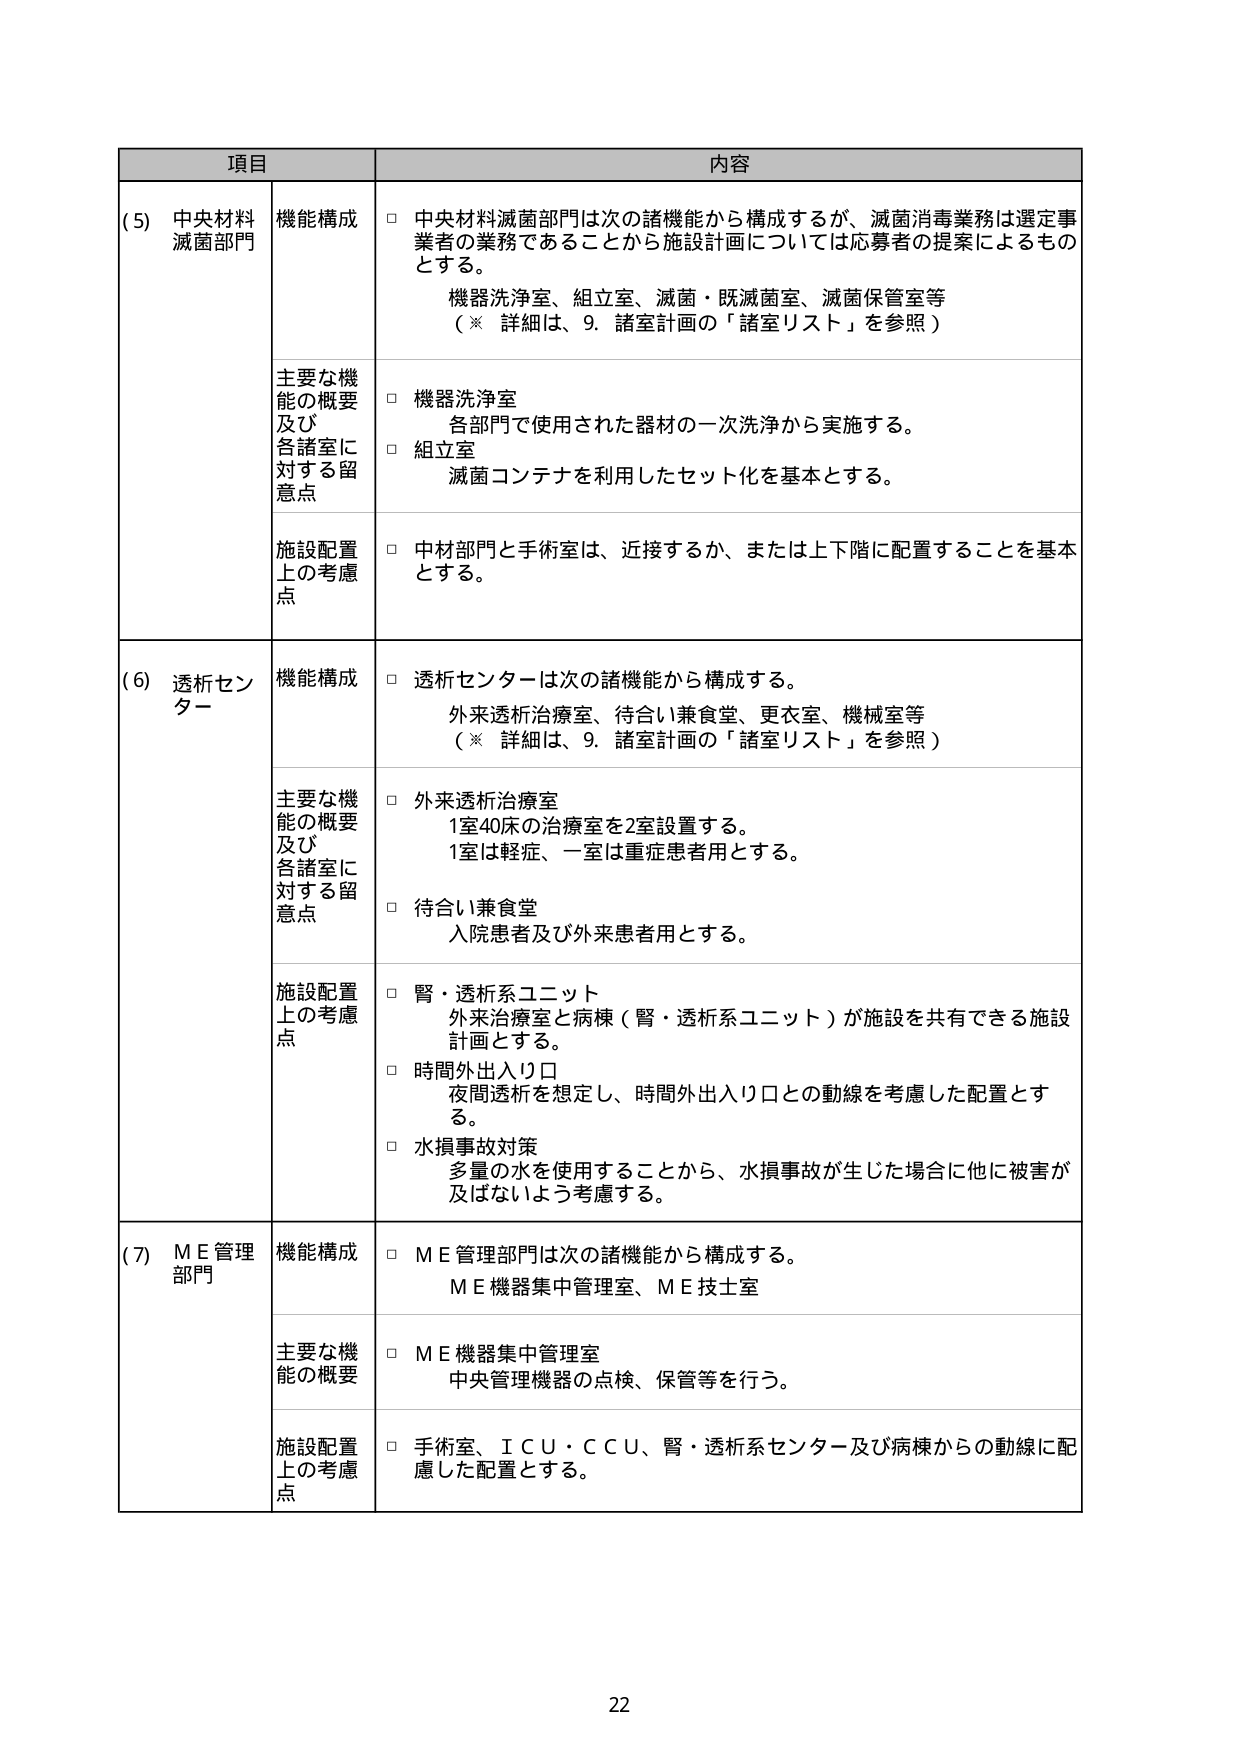
項目 内容
(5) 中央材料 機能構成 □ 中央材料滅菌部門は次の諸機能から構成するが、滅菌消毒業務は選定事
滅菌部門 業者の業務であることから施設計画については応募者の提案によるもの
とする。
機器洗浄室、組立室、滅菌・既滅菌室、滅菌保管室等
（※ 詳細は、9. 諸室計画の「諸室リスト」を参照）
主要な機 □ 機器洗浄室
能の概要 各部門で使用された器材の一次洗浄から実施する。
及び □ 組立室
各諸室に 滅菌コンテナを利用したセット化を基本とする。
対する留
意点
施設配置 □ 中材部門と手術室は、近接するか、または上下階に配置することを基本
上の考慮 とする。
点
(6) 透析セン 機能構成 □ 透析センターは次の諸機能から構成する。
ター 外来透析治療室、待合い兼食堂、更衣室、機械室等
（※ 詳細は、9. 諸室計画の「諸室リスト」を参照）
主要な機 □ 外来透析治療室
能の概要 1室40床の治療室を2室設置する。
及び 1室は軽症、一室は重症患者用とする。
各諸室に □ 待合い兼食堂
対する留 入院患者及び外来患者用とする。
意点
施設配置 □ 腎・透析系ユニット
上の考慮 外来治療室と病棟（腎・透析系ユニット）が施設を共有できる施設
点 計画とする。
□ 時間外出入り口
夜間透析を想定し、時間外出入り口との動線を考慮した配置とす
る。
□ 水損事故対策
多量の水を使用することから、水損事故が生じた場合に他に被害が
及ばないよう考慮する。
(7) ＭＥ管理 機能構成 □ ＭＥ管理部門は次の諸機能から構成する。
部門 ＭＥ機器集中管理室、ＭＥ技士室
主要な機 □ ＭＥ機器集中管理室
能の概要 中央管理機器の点検、保管等を行う。
施設配置 □ 手術室、ＩＣＵ・ＣＣＵ、腎・透析系センター及び病棟からの動線に配
上の考慮 慮した配置とする。
点
22